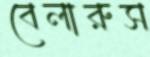
বেলারুস